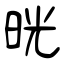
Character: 晄